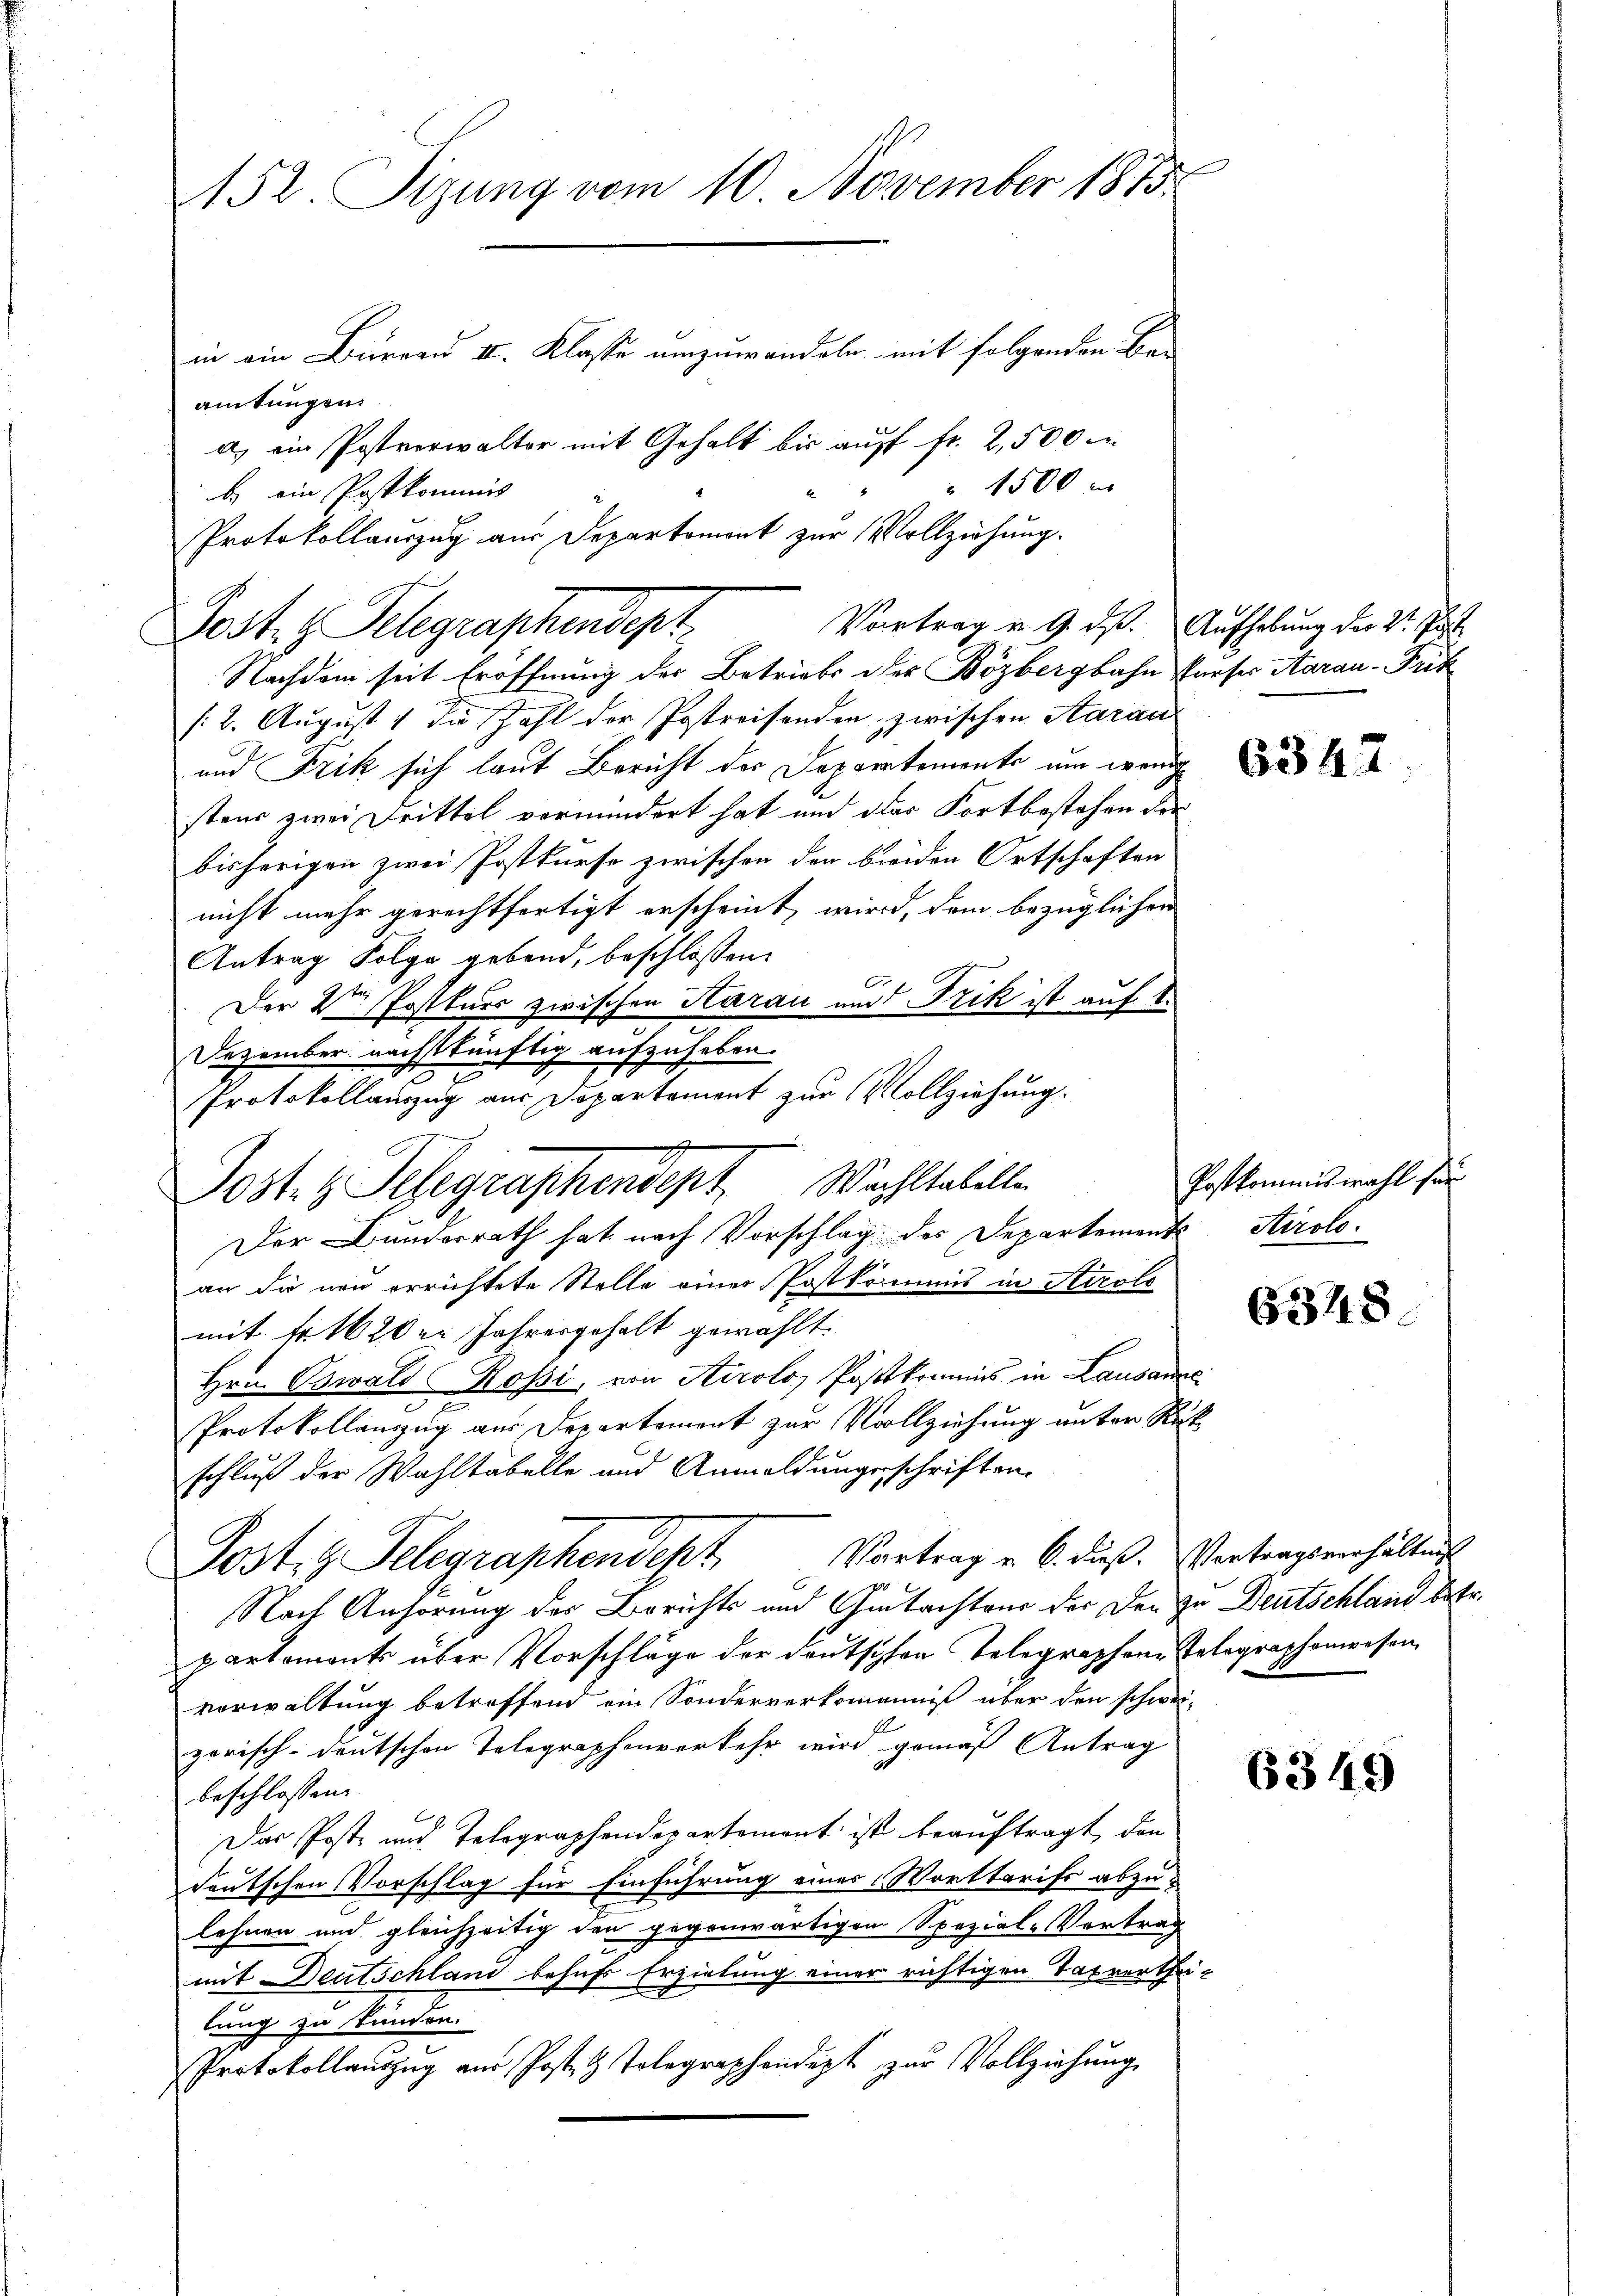
152. Sizung vom 10. November 1875

amtungen
 1500 x
b. ein Postkommis
Nachdem seit Eröffnung der Betriebs der Bözbergbahn Parser Aarau-Frit
/: 2. August 1 Die Zahl der Postreisenden zwischen Aarau
und Frik sich laut Bericht der Deparatemente um wenige
stens zwei Drittel vermindert hat und der Fortbestehen der
bisherigen zwei Postkurse zwischen der breiden Ortschaften
nicht mehr gerechtfertigt erscheint, wird, dem bezüglichen
Antrag Folge gebend, beschlossen:
Der Veren Postkurs zwischen Aarau und Frik ist auf 1.
Dezember nächstkünftig aufzuheben.
Protokollauszug aus Departement zur Vollziehung.
Der Bunderrath hat nach Vorschlag des Departements Airolo.
an die neu errichtete Stelle eines Postkommis in Airole
mit Fr. 1620er Jahresgehalt gewählt.
Hrn. Oswald Rossi, von Airolo, Postkommis in Lausanne
Protokollenzug aus Departement zur Vollziehung unter Rückschluß der Wahltabelle und Anmeldungsschriften.
Post.  Telegraphendekt. Vortrag u. 6. dieß. Vertragsverhältnis
Nach Anhörung des Berichts und Gutachteur der der In Deutschland betr.
partemonts über Vorschläge der Deutschen Telegraphen Telegraphenrosen,
verwaltung betroffend ein Sonderverkomannis über den schweizorisch-deutschen Telegraphenverkehr wird gemäß Antrag
beschlossen:
Das Post und Telegraphendepartemont ist beauftragt, den
deutschen Vorschlag für Einführung eines Worttarifs abzulehnen und gleichzeitig den gegenwärtigen Spezial-Vortrag
mit Deutschland behufs Erzielung einer richtigen Tatverthei-
lung zu Stunden.
Protokollaŭszŭg aŭs Posten Tolegraphendet zŭr Vollziehŭng

Post.  Telegraphendept

Post.  Telegraphendept. Wachstabelle

in ein Bureau II. Klasse umzuwandeln mit folgenden Be-
a) ein Postverwalter mit Gehalt bis auf fr. 2,500

Protokollauszug aus Departemont zur Vollziehung.
Vortrag v. 9. ds. Aufhebung der St. Justi

Postkommiswahl für

6347

6348

6349